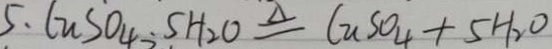
5 . C u S O _ { 4 } \cdot 5 H _ { 2 } O \xlongequal { \Delta } C u S O _ { 4 } + 5 H _ { 2 } O